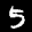
Label: 5